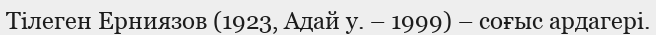
Тілеген Ерниязов (1923, Адай у. – 1999) – соғыс ардагері.